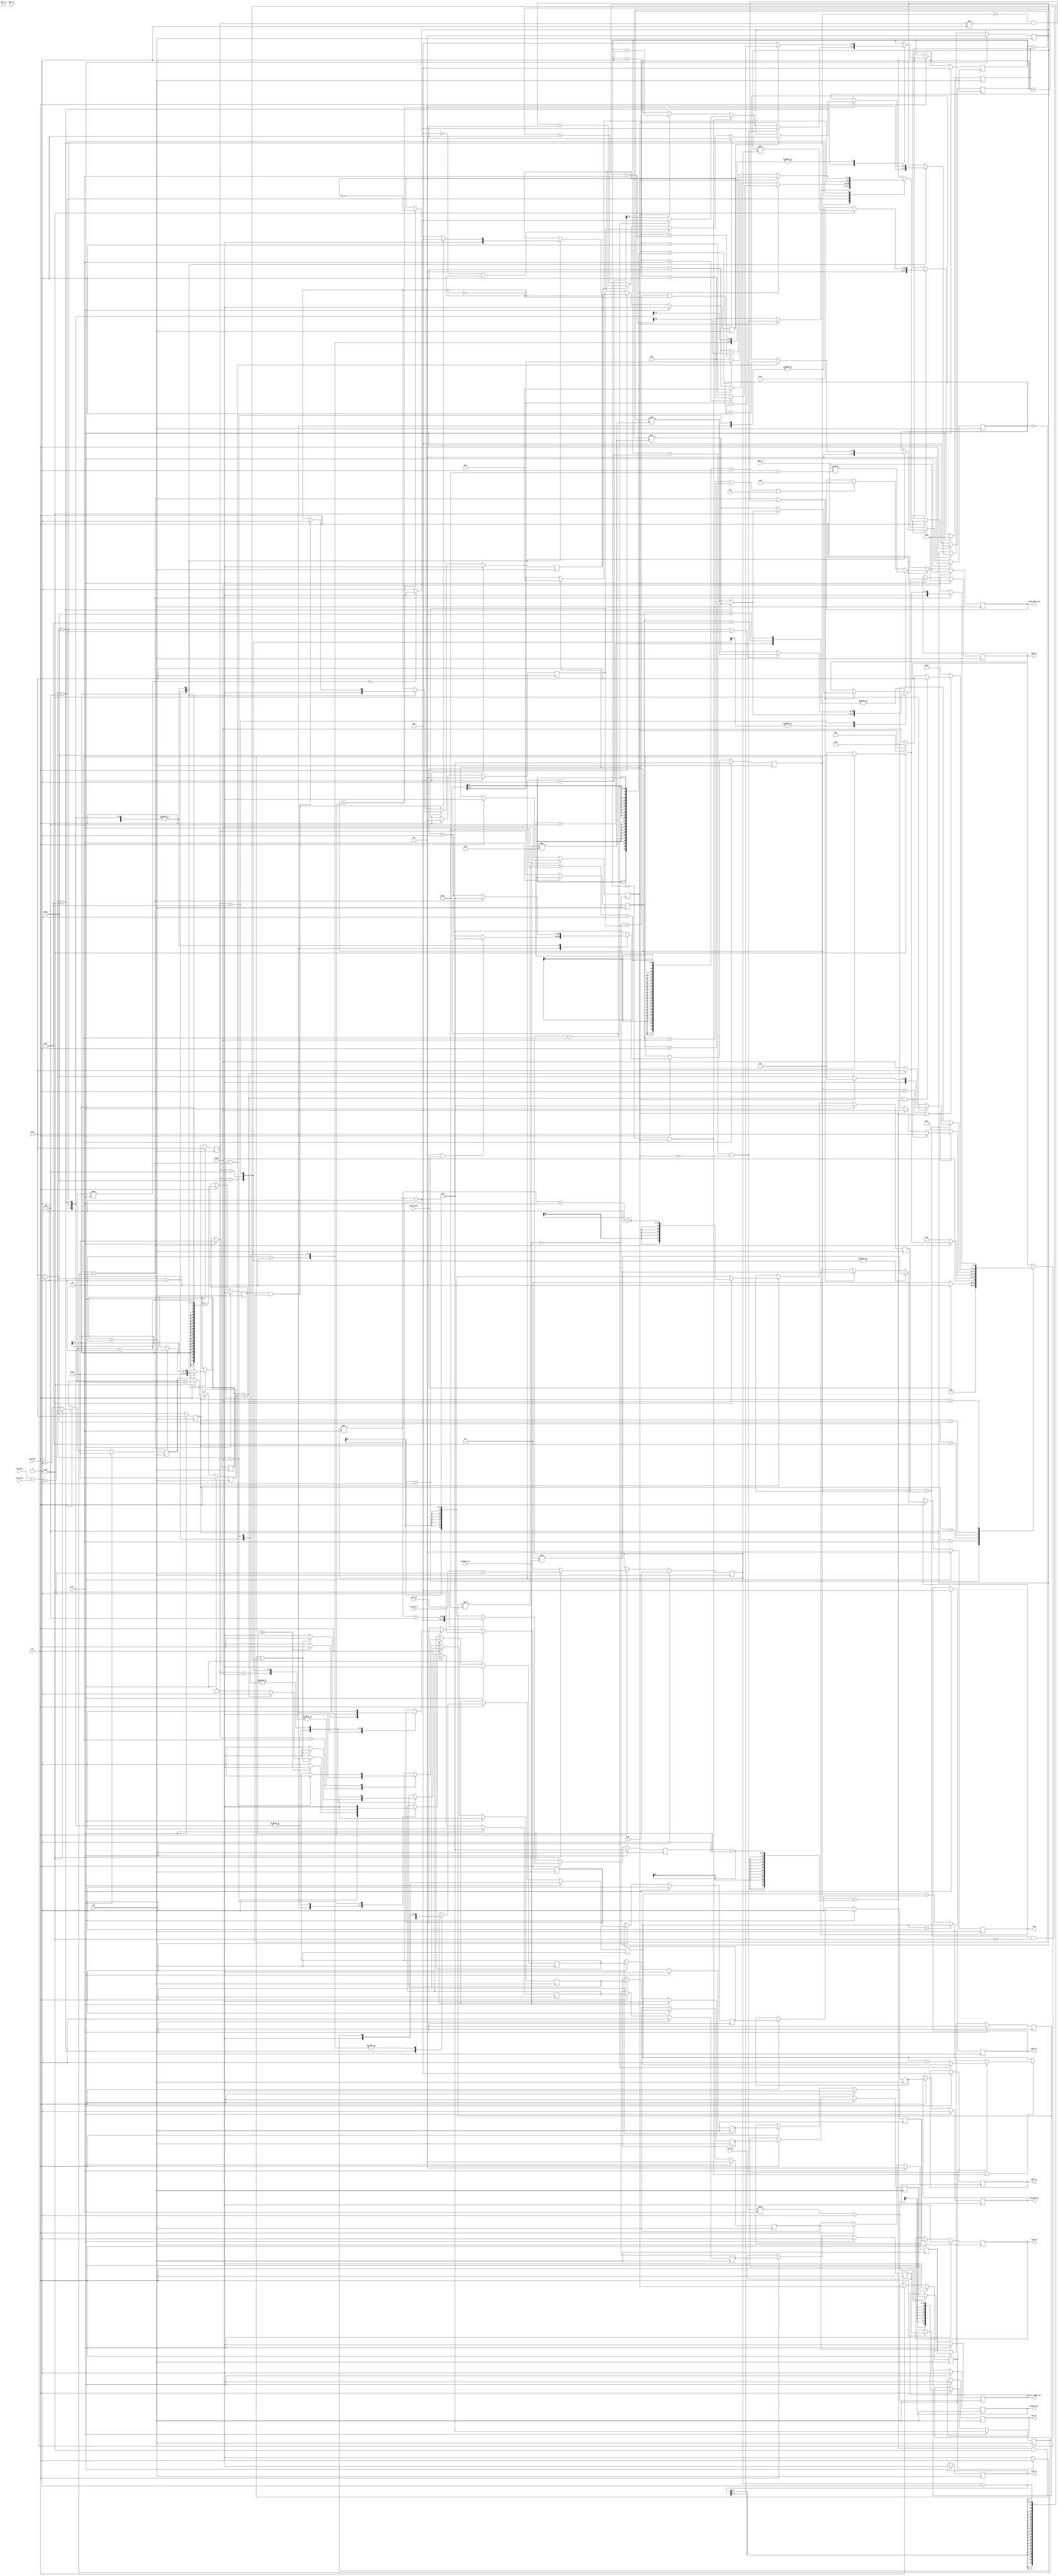
//========================================================================================
//  Copyright (c) 2014-2016 All rights reserved
//========================================================================================
//20167422:05:40send_start

module send(
    sclr,
    ce,
    clk,
    mode,
    sel,

    hblank_out,
    vblank_out,
    active_video_out,
    video_data_out,

    row_start,
    row_end,
    col_start,
    col_end,
    switch,

    //for main
    addr_m,
    dout_m,
    enb,
    //for left or right
    addr_sl,
    dout_sl,
    ena_sl,

    addr_sr,
    dout_sr,
    ena_sr,

    col_max,
    row_max,
    hblank_low,
    send_start
);


parameter CHANNEL_IN_NUM   = 4;       //2^6 == 63
parameter CHANNEL_OUT_NUM  = 2;       //
parameter VIDEO_DATA_WIDTH = 18;      //
parameter RAM_DEPTH        = 100;     //ram
parameter TIMING_CNT_WIDTH = 10;      //
parameter OVERLAP_WIDTH    = 2;       //
parameter TOP_BOTTOM_SEL   = 1'd1;    //
parameter HEAD_DIRECTION   = 1'd0;    //0,1,2
parameter FRAME_RAM_EN     = 1'd0;    //
parameter OUTPUT_DIRECTION = 0;       //
parameter CH               = 0;
//
localparam TIMES           = CHANNEL_IN_NUM/CHANNEL_OUT_NUM;
//RAMRAM
localparam ADDR_WIDTH      = clogb2(RAM_DEPTH-1'b1);
localparam OVERLAP_W       = clogb2(OVERLAP_WIDTH+1);
//
localparam NO_COLLIDE      = (CHANNEL_IN_NUM != CHANNEL_OUT_NUM ||
                             (!TOP_BOTTOM_SEL &&  CHANNEL_OUT_NUM <= 2) ||
                             (TOP_BOTTOM_SEL && CHANNEL_OUT_NUM <= 4));
//
localparam ONE_BLOCK       = (CHANNEL_OUT_NUM == 1) || (TOP_BOTTOM_SEL && CHANNEL_OUT_NUM == 2);
//
localparam LEFT_BLOCK      = ((TOP_BOTTOM_SEL==1 &&  CH == 0) ||         //
                             (!TOP_BOTTOM_SEL && CH == 0)) ||            //
                             (TOP_BOTTOM_SEL && CH == CHANNEL_OUT_NUM-1);//
//
localparam RIGHT_BLOCK     = ((TOP_BOTTOM_SEL && CH == (CHANNEL_OUT_NUM>>1)-1) ||
                             (!TOP_BOTTOM_SEL && CH == CHANNEL_OUT_NUM-1) ) ||
                             (TOP_BOTTOM_SEL && CH == CHANNEL_OUT_NUM>>1);
//
localparam MIDD_BLOCK      = ((!TOP_BOTTOM_SEL && (0 < CH && CH < CHANNEL_OUT_NUM-1)) ||             //
                             (TOP_BOTTOM_SEL && (0 < CH && CH < CHANNEL_OUT_NUM/2 -1))) ||           //
                             (TOP_BOTTOM_SEL && (CHANNEL_OUT_NUM/2 < CH && CH < CHANNEL_OUT_NUM-1 ));//
//
localparam FILL_SELF_L     = (TOP_BOTTOM_SEL && CH == CHANNEL_OUT_NUM-1'b1) || CH == 6'd0;
//
localparam FILL_SELF_R     = (TOP_BOTTOM_SEL && (CH == (CHANNEL_OUT_NUM>>1'b1)-1'b1 ||
                                             CH == CHANNEL_OUT_NUM>>1'b1))  ||
                            (!TOP_BOTTOM_SEL && CH == CHANNEL_OUT_NUM-1'b1);
//midd_cnt
localparam DOWN_BLOCK      = TOP_BOTTOM_SEL && (CH >= CHANNEL_OUT_NUM/2);

localparam IDLE            = 6'b000001;//
localparam HEAD            = 6'b000010;//
localparam LEFT            = 6'b000100;//
localparam MIDDLE          = 6'b001000;//
localparam RIGHT           = 6'b010000;//
localparam NEXT            = 6'b100000;//

input                                           clk;    // Clock
input                                           sclr;   //synchronized clear
input                                           ce;     // Clock Enable
input                                           mode;
input                                           sel;
input [TIMING_CNT_WIDTH-1'b1:0]                 row_start;
input [TIMING_CNT_WIDTH-1'b1:0]                 row_end;
input [TIMING_CNT_WIDTH-1'b1:0]                 col_start;
input [TIMING_CNT_WIDTH-1'b1:0]                 col_end;
input [TIMING_CNT_WIDTH-1'b1:0]                 col_max;
input [TIMING_CNT_WIDTH-1'b1:0]                 row_max;
input [TIMING_CNT_WIDTH-1'b1:0]                 hblank_low;
//other signal
input                                           send_start;
input [TIMES*VIDEO_DATA_WIDTH-1'b1:0]           dout_m;
input [VIDEO_DATA_WIDTH-1'b1:0]                 dout_sl;
input [VIDEO_DATA_WIDTH-1'b1:0]                 dout_sr;

output                                          hblank_out;
output                                          vblank_out;
output                                          active_video_out;
output [VIDEO_DATA_WIDTH-1'b1 :0]               video_data_out;
//TIMESRAMADDRB
output [TIMES*ADDR_WIDTH-1'b1:0]                addr_m;
output [ADDR_WIDTH-1'b1:0]                      addr_sl;
output [ADDR_WIDTH-1'b1:0]                      addr_sr;
output [TIMES-1:0]                              enb;
output                                          ena_sl;
output                                          ena_sr;
output                                          switch;
//output reg
//hb,vb,avclk
reg                                             hblank_out_b1;
reg                                             vblank_out_b1;
reg                                             active_video_out_b1;
reg                                             hblank_out_b2;
reg                                             vblank_out_b2;
reg                                             active_video_out_b2;
reg                                             hblank_out_b3;
reg                                             vblank_out_b3;
reg                                             active_video_out_b3;

reg                                             switchb3;
reg                                             switchb2;
reg                                             switchb1;
reg                                             switch;             //

reg                                             hblank_out;
reg                                             vblank_out;
reg                                             active_video_out;
reg    [VIDEO_DATA_WIDTH-1'b1 :0]               video_data_out;

reg    [TIMES*ADDR_WIDTH-1'b1:0]                addr_m;
reg    [ADDR_WIDTH-1'b1:0]                      addr_sl;
reg    [ADDR_WIDTH-1'b1:0]                      addr_sr;
reg    [TIMES-1:0]                              enb;
reg                                             ena_sl;
reg                                             ena_sr;
//other reg
reg    [TIMING_CNT_WIDTH*TIMES-1'b1:0]          col_cnt;          //hblankin
reg    [TIMING_CNT_WIDTH     :0]                row_cnt;          //
reg    [ADDR_WIDTH -1'b1:0]                     side_ptr;         //
reg    [ADDR_WIDTH -1'b1:0]                     midd_ptr;         //
reg    [clogb2(TIMES-1):0]                      midd_cnt;         //
reg    [clogb2(TIMES-1):0]                      midd_cnt_d1;      //
reg    [clogb2(TIMES-1):0]                      midd_cnt_d2;      //
reg    [clogb2(TIMES-1):0]                      midd_cnt_d3;      //
//FSM reg
reg    [5:0]                                    cur_state;
reg    [5:0]                                    next_state;
reg    [5:0]                                    next_state_d2;
reg    [5:0]                                    next_state_d3;    //1clk,RAM2
// reg    [5:0]                                    next_state_d4;
//
reg    [OVERLAP_W-1:0]                          overlap_cnt;      //
reg    [OVERLAP_W-1:0]                          col_read_cnt;     //
reg                                             twice;            //col_read_cnt
reg                                             down;
reg                                             ch_dir;
//
reg    [TIMING_CNT_WIDTH     :0]                own_row;
//
reg    [TIMING_CNT_WIDTH-1'b1:0]                effect_width_i;
//NEXT
reg    [TIMING_CNT_WIDTH*TIMES-1'b1:0]          next_gate;
//wire
//
// wire   [TIMING_CNT_WIDTH-1'b1:0]                effect_width_i;
//MIDELEcol_cntMIDDLE
reg    [TIMING_CNT_WIDTH*TIMES-1'b1:0]          middle_gate;
//right,left
reg    [TIMING_CNT_WIDTH*TIMES-1'b1:0]          right_left_gate;
//NEXT
// wire   [TIMING_CNT_WIDTH*TIMES-1'b1:0]          next_gate;
//
reg    [TIMING_CNT_WIDTH     :0]                all_row;
// //
// wire   [TIMING_CNT_WIDTH     :0]                own_row;
//
reg                                             own_finish;
reg    [OVERLAP_W-1:0]                          col_save;           //
reg                                             output_dir;
reg                                             midd_cnt_dir;
reg    [TIMES*ADDR_WIDTH-1'b1:0]                offset;           //

//state refresh
always@(posedge clk)begin
    if(sclr)begin
        cur_state <= IDLE;
        next_state_d2 <= IDLE;
    end else begin
        cur_state <= next_state;
        next_state_d2 <= cur_state;
        next_state_d3 <= next_state_d2;
        // next_state_d4 <= next_state_d3;
    end
end

//
always@(*)
begin
    if(ce) begin
        case(cur_state)
            IDLE: begin
                //
                if(send_start) begin
                    next_state = HEAD;
                end else begin
                    next_state = IDLE;
                end
            end
            HEAD: begin
                if(col_cnt == next_gate)begin
                    //mode=1,
                    if(mode) begin
                        //1:
                        if(output_dir) begin
                            next_state = RIGHT;
                        //0: 
                        end else begin
                            next_state = LEFT;
                        end
                    //mode=0,
                    end else begin
                        next_state = MIDDLE;
                    end
                end else begin
                    next_state = HEAD;
                end
            end
            LEFT: begin
                if(col_cnt == OVERLAP_WIDTH-1 || col_cnt == right_left_gate-1) begin
                    if(row_cnt == all_row && col_cnt == right_left_gate-1) begin
                        next_state = IDLE;
                    //1:
                    end else if(output_dir) begin
                        next_state = NEXT;//
                    //0: 
                    end else begin
                        next_state = MIDDLE;
                    end
                end else begin
                    next_state = LEFT;
                end
            end
            MIDDLE: begin
                if(col_cnt == middle_gate) begin//
                    //mode=1,
                    if(mode) begin
                        //1:
                        if(output_dir) begin
                            next_state = LEFT;
                        //0: 
                        end else begin
                            next_state = RIGHT;
                        end
                    //mode=0,
                    end else begin
                        if(row_cnt == all_row) begin
                            next_state = IDLE;
                        end else begin
                            next_state = NEXT;
                        end
                    end
                end else begin
                    next_state = MIDDLE;
                end
            end
            RIGHT:  begin
                if(col_cnt == OVERLAP_WIDTH-1 || col_cnt == right_left_gate-1) begin
                    if(row_cnt == all_row && col_cnt == right_left_gate-1) begin
                        next_state = IDLE;
                    end else if(output_dir) begin
                        next_state = MIDDLE;
                    //0: 
                    end else begin
                        next_state = NEXT;//
                    end
                end else begin
                    next_state = RIGHT;
                end
            end
            NEXT: begin
                //
                if(col_cnt == next_gate) begin
                    //
                    if(mode) begin
                        //1:
                        if(output_dir) begin
                            next_state = RIGHT;
                        //0: 
                        end else begin
                            next_state = LEFT;
                        end
                    //
                    end else begin
                        next_state = MIDDLE;
                    end
                end else begin
                    next_state = NEXT;
                end
            end
            default: begin
                next_state = IDLE;
            end
        endcase
    end else
        next_state = IDLE;
end


//
always@(posedge clk)
begin
    if(sclr) begin
        col_cnt <= 0;
        row_cnt <= 0;
    end else if(ce) begin
        case(next_state)
            IDLE: begin
                col_cnt <= 0;
                row_cnt <= 0;
            end
            HEAD: begin
                //
                //
                if(send_start && cur_state == IDLE) begin
                    col_cnt    <= 0;
                end else begin
                    col_cnt    <= col_cnt + 1'b1;
                end
            end
            LEFT,MIDDLE,RIGHT,NEXT: begin
                if(col_cnt == next_gate) begin
                    col_cnt <= 1'b0;
                    row_cnt <= row_cnt +1'b1;
                end else begin
                    col_cnt    <= col_cnt + 1'b1;
                end
            end
            default : col_cnt <= 0;
        endcase
    end
end


//hblank_out,vblank_out,active_video_out
always@(posedge clk)
begin
    if(sclr) begin
        hblank_out_b3       <= 1'b1;
        vblank_out_b3       <= 1'b1;
        active_video_out_b3 <= 1'b0;
    end else if(ce) begin
        case(next_state)
            IDLE: begin
                hblank_out_b3       <= 1'b1;
                vblank_out_b3       <= 1'b1;
                active_video_out_b3 <= 1'b0;
            end
            HEAD: begin
                //
                //vbohbogate
                if(col_cnt >= right_left_gate) begin
                    hblank_out_b3 <= 1'b1;
                    vblank_out_b3 <= 1'b0;
                ////
                end else begin
                    hblank_out_b3 <= 1'b0;
                    vblank_out_b3 <= 1'b1;
                end
            end
            LEFT,MIDDLE,RIGHT: begin
                if((col_cnt == right_left_gate-1 && mode) || (col_cnt == middle_gate && !mode)) begin
                    hblank_out_b3 <= 1'b1;
                    active_video_out_b3 <= 1'b0;
                    if(row_cnt == all_row) begin//
                        vblank_out_b3 <= 1'b1;
                    end else begin//
                        vblank_out_b3 <= 1'b0;
                    end
                end else begin
                    active_video_out_b3 <= 1'b1;
                    hblank_out_b3       <= 1'b0;
                    vblank_out_b3       <= 1'b0;
                end
            end
            NEXT: begin
                active_video_out_b3 <= 1'b0;
                hblank_out_b3       <= 1'b1;
                vblank_out_b3       <= 1'b0;
            end
            default : /* default */;
        endcase
    end
end

//
always @(posedge clk) begin
    if(sclr) begin
        hblank_out          <= 1;
        vblank_out          <= 1;
        active_video_out    <= 0;
        hblank_out_b1       <= 1;
        vblank_out_b1       <= 1;
        active_video_out_b1 <= 0;
        hblank_out_b2       <= 1;
        vblank_out_b2       <= 1;
        active_video_out_b2 <= 0;
    end else if(ce) begin
        hblank_out_b2       <= hblank_out_b3;
        vblank_out_b2       <= vblank_out_b3;
        active_video_out_b2 <= active_video_out_b3;
        hblank_out_b1       <= hblank_out_b2;
        vblank_out_b1       <= vblank_out_b2;
        active_video_out_b1 <= active_video_out_b2;
        hblank_out          <= hblank_out_b1;
        vblank_out          <= vblank_out_b1;
        active_video_out    <= active_video_out_b1;
    end
end


//
always@(posedge clk)
begin
    if(sclr) begin
        side_ptr <= 0;
    end else if(ce) begin
        case(next_state)
            //
            HEAD,NEXT: begin
                //
                if(!output_dir) begin
                    if(FILL_SELF_L) begin//-
                        side_ptr <= OVERLAP_WIDTH;
                    end else begin//+
                        side_ptr <= effect_width_i - OVERLAP_WIDTH;
                    end
                //,,+
                end else begin
                    if(FILL_SELF_R)begin
                        //
                        side_ptr <= effect_width_i - OVERLAP_WIDTH-1'b1;
                    end else begin
                        //
                        side_ptr <= OVERLAP_WIDTH-1;
                    end
                end
            end
            LEFT:begin
                if(!output_dir) begin
                    //
                    if(FILL_SELF_L) begin
                        if(side_ptr==1) begin
                            side_ptr <= 1;
                        end else begin
                            side_ptr <= side_ptr - 1'b1;
                        end
                    //
                    end else begin
                        if(side_ptr == effect_width_i - 1) begin
                            side_ptr <= effect_width_i - 1;
                        end else begin
                            side_ptr <= side_ptr + 1'b1;
                        end
                    end
                end else if(output_dir)begin
                    //
                    if(FILL_SELF_L) begin
                        if(side_ptr==OVERLAP_WIDTH) begin
                            side_ptr <= OVERLAP_WIDTH;
                        end else begin
                            side_ptr <= side_ptr + 1'b1;
                        end
                    //
                    end else begin
                        if(side_ptr == effect_width_i - OVERLAP_WIDTH) begin
                            side_ptr <= effect_width_i - OVERLAP_WIDTH;
                        end else begin
                            side_ptr <= side_ptr - 1'b1;
                        end
                    end
                end
            end
            MIDDLE: begin
                //
                if(!output_dir) begin
                    if(FILL_SELF_R) begin// 01234 32 -
                        side_ptr <= effect_width_i - 2;
                    end else begin// 01 01234
                        side_ptr <= 0;
                    end
                //,
                end else begin
                    if(FILL_SELF_L) begin//21 01234 32+
                        side_ptr <= 1;
                    end else begin//01234 34 -
                        side_ptr <= effect_width_i-1'b1;
                    end
                end
            end
            RIGHT:begin
                //
                if(!output_dir) begin
                    if(FILL_SELF_R) begin
                        if(side_ptr==effect_width_i-1'b1-OVERLAP_WIDTH) begin
                            side_ptr <= effect_width_i-1'b1-OVERLAP_WIDTH;
                        end else begin
                            side_ptr <= side_ptr - 1'b1;
                        end
                    end else begin
                        if(side_ptr==OVERLAP_WIDTH-1) begin
                            side_ptr <= OVERLAP_WIDTH-1;
                        end else begin
                            side_ptr <= side_ptr + 1'b1;
                        end
                    end
                //
                end else if(output_dir)begin
                    if(FILL_SELF_R) begin
                        if(side_ptr==effect_width_i - 2) begin
                            side_ptr <= effect_width_i - 2;
                        end else begin
                            side_ptr <= side_ptr + 1'b1;
                        end
                    end else begin
                        if(side_ptr==0) begin
                            side_ptr <= 0;
                        end else begin
                            side_ptr <= side_ptr - 1'b1;
                        end
                    end
                end
            end
            default:;
        endcase
    end
end

//,
always@(posedge clk)
begin
    if(sclr) begin
        midd_cnt    <= midd_cnt_dir ? (TIMES-1) : 0;
        midd_cnt_d1 <= 0;
        midd_cnt_d2 <= 0;
        midd_cnt_d3 <= 0;
    end else if(ce) begin
        midd_cnt_d1 <= midd_cnt;
        midd_cnt_d2 <= midd_cnt_d1;
        midd_cnt_d3 <= midd_cnt_d2;
        case(next_state)
            MIDDLE: begin
                if((midd_ptr == effect_width_i - 1'b1 && !output_dir) ||//
                   (midd_ptr == 0 && output_dir)) begin//
                    if(!midd_cnt_dir) begin
                        if(midd_cnt == TIMES-1) begin//
                            midd_cnt <= midd_cnt;
                        //
                        end else begin
                            midd_cnt <= midd_cnt + 1'b1;
                        end
                    end else begin
                        if(midd_cnt == 0) begin//
                            midd_cnt <= midd_cnt;
                        end else begin
                            midd_cnt <= midd_cnt - 1'b1;
                        end
                    end
                end
            end
            NEXT:begin
                midd_cnt <= midd_cnt_dir ? (TIMES-1) : 0;
            end
            IDLE,HEAD: begin//RIGHT,LEFTmidd_cnt
                //,OVERLAP_WIDTH->1
                //effect_width_i HEAD
                midd_cnt <= midd_cnt_dir ? (TIMES-1) : 0;
            end
            default:;
        endcase
    end
end


//,,
always@(posedge clk)
begin
    if(sclr) begin
        midd_ptr <= 0;
    end else if(ce) begin
        case(next_state)
            MIDDLE: begin
                //
                if(midd_ptr == effect_width_i - 1'b1 && !output_dir) begin
                    //
                    if(midd_cnt == TIMES-1) begin
                        midd_ptr <= 0;
                    //
                    end else begin
                        midd_ptr <= 0;
                    end
                //
                end else if(midd_ptr == 0 && output_dir) begin
                    if(midd_cnt == 0) begin
                        midd_ptr <= 0;
                    end else begin
                        midd_ptr <= effect_width_i - 1'b1;
                    end
                //,
                end else if(!output_dir) begin
                    midd_ptr <= midd_ptr + 1'b1;
                end else if(output_dir)begin
                    midd_ptr <= midd_ptr - 1'b1;
                end
            end
            LEFT,RIGHT,IDLE,HEAD,NEXT:begin
                midd_ptr <= output_dir ?  effect_width_i - 1'b1 : 0;
            end
            default:;
        endcase
    end
end


//sel
// //next_state --> cur_state --> next_state_d2 --> next_state_d3
// always @(posedge clk) begin
//     if(sclr) begin
//         hold_last_one <= 0;
//     end else if(ce) begin
//         //
//         if((next_state_d3== IDLE || next_state_d3 == NEXT) && mode &&
//            // ((next_state_d3 == RIGHT && !output_dir) ||//
//            // (next_state_d3 == LEFT  && output_dir))) begin //
//            ((next_state_d4 == RIGHT) ||//
//            (next_state_d4 == LEFT))) begin //
//             hold_last_one <= video_data_out;
//         //
//         end else if((next_state_d3== IDLE || next_state_d3 == NEXT) && !mode && next_state_d4 == MIDDLE ) begin
//             hold_last_one <= video_data_out;
//         end
//     end else begin
//         hold_last_one <= 0;
//     end
// end



//
always@(posedge clk)
begin
    if(sclr) begin
        col_read_cnt <= 0;
    end else if(ce) begin
        case(next_state)
            IDLE: begin
                col_read_cnt <= 0;
            end
            LEFT,MIDDLE,RIGHT,NEXT: begin
                if(col_cnt == right_left_gate) begin//
                    if(twice) begin
                        if(col_read_cnt == col_save && !down) begin//
                            col_read_cnt <= 0;
                        end else if(col_read_cnt == 0 && down) begin
                            col_read_cnt <= col_save;
                        end  else begin
                            col_read_cnt <= down ? col_read_cnt - 1 : col_read_cnt +1'b1;
                        end
                    end
                end
            end
            default : ;
        endcase
    end
end


//
always@(posedge clk)
begin
    if(sclr) begin
        overlap_cnt  <= 0;
    end else if(ce) begin
        case(next_state)
            IDLE: begin
                overlap_cnt <= 0;
            end
            LEFT,MIDDLE,RIGHT,NEXT: begin
                if(own_finish && col_cnt == next_gate) begin
                    overlap_cnt <= overlap_cnt +1'b1;
                end
            end
            default : ;
        endcase
    end
end

////col_read_cnt
always@(posedge clk)
begin
    if(sclr) begin
        twice        <= 0;
        down         <= 0;
    end else if(ce) begin
        case(next_state)
            IDLE: begin
                twice <= 0;
                down <= 0;
            end
            LEFT,MIDDLE,RIGHT,NEXT: begin
                //
                if(own_finish && overlap_cnt == 0) begin//
                    down <= 1;
                    if(own_row%2 ==0) begin//
                        twice <= 0;
                    end else begin //47 1 89 0
                        twice <= 1;
                    end
                end else if(col_cnt == right_left_gate) begin//
                    twice <= ~twice;//
                end
            end
            default : ;
        endcase
    end
end

//
always@(posedge clk)
begin
    if(sclr) begin
        ch_dir <= 1'b0;
    end else if(ce) begin
        case(next_state)
            HEAD: begin
                ch_dir <= 1'b0;
            end
            LEFT,MIDDLE,RIGHT,NEXT: begin
                //,2clk
                if(own_finish && col_cnt == next_gate-2) begin
                    ch_dir <= 1'b1;
                end
            end
            default : ;
        endcase
    end
end


//
always@(posedge clk)
begin
    if(sclr) begin
        switchb3     <= 1'b0;
        switchb2     <= 1'b0;
        switchb1     <= 1'b0;
        switch       <= 1'b0;
    end else if(ce) begin
        {switch,switchb1,switchb2} <= {switchb1,switchb2,switchb3};
        case(next_state_d2)
            HEAD:begin
                switchb3 <= 1'b0;//
            end
            LEFT,MIDDLE,RIGHT,NEXT: begin
                if(own_finish && col_cnt == next_gate) begin
                    switchb3 <= 1'b1;
                end
            end
            default : ;
        endcase
    end
end




//
always @(posedge clk) begin
    if(sclr) begin
        own_row         <= 0;
        next_gate       <= 0;
        middle_gate     <= 0;
        right_left_gate <= 0;
        all_row         <= 0;
        offset          <= 0;
        own_finish      <= 0;
        col_save        <= 0;
        midd_cnt_dir    <= 0;
        output_dir      <= 0;
        effect_width_i  <= 0;
    end else if(ce) begin
        next_gate       <= (col_max*TIMES) - 1'b1;//
        own_row         <= mode ? (row_end - row_start +1'b1) : row_max + 1;
        middle_gate     <= mode ? (effect_width_i*TIMES + OVERLAP_WIDTH-1) : (effect_width_i*TIMES - 1);
        right_left_gate <= mode ? (effect_width_i*TIMES + (OVERLAP_WIDTH<<1'b1)) : (effect_width_i*TIMES - 1);
        all_row         <= mode ? ((TOP_BOTTOM_SEL && !FRAME_RAM_EN ) ? (own_row + OVERLAP_WIDTH) : own_row) : own_row;
        offset          <= mode ? (col_read_cnt*effect_width_i) : 0;
        own_finish      <= row_cnt >  own_row - 1;//0-5,switch
        col_save        <= (TOP_BOTTOM_SEL && !FRAME_RAM_EN) ? (OVERLAP_WIDTH-1)/2:1'b0;//eceive
        midd_cnt_dir    <= DOWN_BLOCK ? (!output_dir) : output_dir;
        output_dir      <= (OUTPUT_DIRECTION[CH] && !ch_dir) || (OUTPUT_DIRECTION[CHANNEL_OUT_NUM - 1 - CH] && ch_dir);
        effect_width_i  <= mode ? (col_end - col_start + 1'b1) : hblank_low;
    end
end

// //
// always@(posedge clk) begin
//     effect_width_i = mode ? (col_end - col_start + 1'b1) : hblank_low;
// end

//hblank_outvblnak_outhblank_invblank_inrow_max
//TIMESnext_gatehblank_out
//TIMES
//
//
//
//

//0-nn+1
//
// assign effect_width_i = mode ? (col_end - col_start + 1'b1) : hblank_low;//
//MIDELEcol_cntMIDDLE
// assign middle_gate = mode ? (effect_width_i*TIMES + OVERLAP_WIDTH-1) : (effect_width_i*TIMES - 1);
//right,left 6+6 = 12
// assign right_left_gate = mode ? (effect_width_i*TIMES + (OVERLAP_WIDTH<<1'b1)) : (effect_width_i*TIMES - 1);
//NEXT
// assign next_gate = (col_max*TIMES) - 1'b1;//
//
// assign own_row = mode ? (row_end - row_start +1'b1) : row_max + 1;
//FRAME_RAM_EN:,,
// assign all_row = mode ? ((TOP_BOTTOM_SEL && !FRAME_RAM_EN ) ? (own_row + OVERLAP_WIDTH) : own_row) : own_row;
//
// assign own_finish = row_cnt >  own_row - 1;//0-5,switch
//
// assign col_save = (TOP_BOTTOM_SEL && !FRAME_RAM_EN) ? (OVERLAP_WIDTH-1)/2:1'b0;//eceive
//+
// assign output_dir = (OUTPUT_DIRECTION[CH] && !ch_dir) || (OUTPUT_DIRECTION[CHANNEL_OUT_NUM - 1 - CH] && ch_dir);
//,<< (midd_cnt*ADDR_WIDTH)
// assign offset  = mode ? (col_read_cnt*effect_width_i) : 0;
//
// assign midd_cnt_dir = DOWN_BLOCK ? (!output_dir) : output_dir;

////midd_cnt,

generate
    if(ONE_BLOCK)begin
        always@(posedge clk) begin
            if(sclr) begin
                addr_sr <= 0;
                ena_sr  <= 0;
                addr_sl <= 0;
                ena_sl  <= 0;
                addr_m <= 0;
                enb <= 0;
            end else if(ce) begin
                case(next_state_d2)
                    LEFT,RIGHT:begin
                        if(next_state==MIDDLE) begin//
                            enb <= 1<<midd_cnt;
                            addr_m <= midd_ptr + offset << (midd_cnt*ADDR_WIDTH);
                        end else begin
                            enb <= 1<<midd_cnt;
                            addr_m <= side_ptr + offset << (midd_cnt*ADDR_WIDTH);
                        end
                    end
                    MIDDLE:begin
                        if(next_state==RIGHT || next_state  == LEFT) begin//
                            enb <= 1<<midd_cnt;
                            addr_m <= side_ptr + offset << (midd_cnt*ADDR_WIDTH);
                        end else begin
                            enb <= 1<<midd_cnt;
                            addr_m <= midd_ptr +offset << (midd_cnt*ADDR_WIDTH);
                        end
                    end
                    default: begin
                        //2clk
                        if((col_cnt  == next_gate) || (col_cnt  == 0 && next_state_d2 != IDLE)) begin
                            if(mode) begin////CH <= 0
                                //MIDDLE
                                if(next_state  == MIDDLE) begin
                                    enb <= 1<<midd_cnt;
                                    addr_m <= midd_ptr + offset << (midd_cnt*ADDR_WIDTH);
                                end else begin
                                    enb <= 1<<midd_cnt;
                                    addr_m <= side_ptr + offset << (midd_cnt*ADDR_WIDTH);
                                end
                            end else begin//
                                enb <= 1<<midd_cnt;
                                addr_m <= midd_ptr +offset << (midd_cnt*ADDR_WIDTH);
                            end
                        end
                    end
                endcase
            end
        end

        always@(posedge clk) begin
            if(sclr) begin
                video_data_out <= 0;
            end else if(ce) begin
                case(next_state_d3)
                    LEFT:begin
                        video_data_out <= dout_m[midd_cnt_d3*VIDEO_DATA_WIDTH +VIDEO_DATA_WIDTH-1'b1 -:VIDEO_DATA_WIDTH];//dout_m[17:0];
                    end
                    MIDDLE:begin
                        video_data_out <= dout_m[midd_cnt_d3*VIDEO_DATA_WIDTH +VIDEO_DATA_WIDTH-1'b1 -:VIDEO_DATA_WIDTH];//dout_m[17:0];
                    end
                    RIGHT:begin
                        video_data_out <= dout_m[midd_cnt_d3*VIDEO_DATA_WIDTH +VIDEO_DATA_WIDTH-1'b1 -:VIDEO_DATA_WIDTH];//dout_m[17:0];
                    end
                    default:begin
                        if((next_state_d3 == NEXT || next_state_d3 == IDLE) && sel) begin
                            video_data_out <= 0;
                        end
                    end
                endcase
            end else begin
                video_data_out <= 0;
            end
        end
    end else if(LEFT_BLOCK && NO_COLLIDE) begin
        //   send_lself #(
        always@(posedge clk) begin
            if(sclr) begin
                addr_sr <= 0;
                ena_sr  <= 0;
                addr_sl <= 0;
                ena_sl  <= 0;
                addr_m <= 0;
                enb <= 0;
            end else if(ce) begin
                case(next_state_d2)
                    LEFT:begin
                        if(next_state==MIDDLE) begin//
                            enb <= 1<<midd_cnt;
                            addr_m  <= midd_ptr + offset <<(midd_cnt*ADDR_WIDTH);
                        end else  begin//
                            enb  <= 1<<midd_cnt;
                            addr_m  <= side_ptr + offset <<(midd_cnt*ADDR_WIDTH);
                        end
                    end
                    MIDDLE:begin
                        if(next_state  == LEFT) begin//
                            enb <= 1<<midd_cnt;
                            addr_m  <= side_ptr + offset <<(midd_cnt*ADDR_WIDTH);
                        end else if(next_state  == RIGHT) begin
                            ena_sr  <= 1;//
                            addr_sr <= side_ptr + offset;
                        end else begin//
                            enb <= 1<<midd_cnt;
                            addr_m  <= midd_ptr + offset <<(midd_cnt*ADDR_WIDTH);
                        end
                    end
                    RIGHT:begin
                        if(next_state==MIDDLE) begin//
                            enb <= 1<<midd_cnt;
                            addr_m  <= midd_ptr + offset <<(midd_cnt*ADDR_WIDTH);
                        end else begin//
                            ena_sr  <= 1;//
                            addr_sr <=  side_ptr + offset;// + offset <<(midd_cnt*ADDR_WIDTH);
                        end
                    end
                    default: begin
                        //2clk
                        if((col_cnt  == next_gate) || (col_cnt  == 0 && next_state_d2 != IDLE)) begin
                            if(mode) begin//
                                if(!output_dir) begin//,
                                    if(next_state  == MIDDLE) begin
                                        enb <= 1<<midd_cnt;
                                        addr_m <= midd_ptr + offset <<(midd_cnt*ADDR_WIDTH);
                                    end else begin
                                        enb <= 1<<midd_cnt;
                                        addr_m  <= side_ptr + offset <<(midd_cnt*ADDR_WIDTH);
                                    end
                                end else begin //
                                    if(next_state  == MIDDLE) begin
                                        enb <= 1<<midd_cnt;
                                        addr_m <= midd_ptr + offset <<(midd_cnt*ADDR_WIDTH);
                                    end else begin
                                        ena_sr  <= 1;
                                        addr_sr <=  side_ptr + offset;
                                    end
                                end
                            end else begin//
                                enb <= 1<<midd_cnt;
                                addr_m <= midd_ptr + offset <<(midd_cnt*ADDR_WIDTH);
                            end
                        end
                    end
                endcase
            end
        end

        always@(posedge clk) begin
            if(sclr) begin
                video_data_out <= 0;
            end else if(ce) begin
                case(next_state_d3)
                    LEFT:begin
                        video_data_out <= dout_m[midd_cnt_d3*VIDEO_DATA_WIDTH +VIDEO_DATA_WIDTH-1'b1 -:VIDEO_DATA_WIDTH];//dout_m[17:0];
                    end
                    //
                    MIDDLE:begin
                        video_data_out <= dout_m[midd_cnt_d3*VIDEO_DATA_WIDTH +VIDEO_DATA_WIDTH-1'b1 -:VIDEO_DATA_WIDTH];
                    end
                    RIGHT:begin//
                        video_data_out <= dout_sr[VIDEO_DATA_WIDTH-1'b1  -:VIDEO_DATA_WIDTH];
                    end
                    default: begin
                        if((next_state_d3 == NEXT || next_state_d3 == IDLE) && sel) begin
                            video_data_out <= 0;
                        end
                    end
                endcase
            end else begin
                video_data_out <= 0;
            end
        end
    end else if(RIGHT_BLOCK) begin
        always@(posedge clk) begin
            if(sclr) begin
                addr_sr <= 0;
                ena_sr  <= 0;
                addr_sl <= 0;
                ena_sl  <= 0;
                addr_m <= 0;
                enb <= 0;
            end else if(ce) begin
                case(next_state_d2)
                    LEFT:begin
                        if(next_state==MIDDLE) begin//
                            enb    <= 1<<midd_cnt;
                            addr_m <= midd_ptr + offset <<(midd_cnt*ADDR_WIDTH);
                        end else begin//
                            ena_sl  <= 1;//
                            addr_sl <=  side_ptr + offset;// + offset <<(midd_cnt*ADDR_WIDTH);
                        end
                    end
                    MIDDLE:begin
                        if(next_state  == RIGHT) begin//
                            enb    <= 1<<midd_cnt;
                            addr_m <= side_ptr + offset <<(midd_cnt*ADDR_WIDTH);
                        end else if(next_state  == LEFT) begin
                            ena_sl  <= 1;//
                            addr_sl <=  side_ptr + offset;
                        end else begin//
                            enb    <= 1<<midd_cnt;
                            addr_m <= midd_ptr + offset <<(midd_cnt*ADDR_WIDTH);
                        end
                    end
                    RIGHT:begin
                        if(next_state==MIDDLE) begin//
                            enb    <= 1<<midd_cnt;
                            addr_m <= midd_ptr + offset <<(midd_cnt*ADDR_WIDTH);
                        end else  begin//
                            enb    <= 1<<midd_cnt;
                            addr_m <= side_ptr + offset <<(midd_cnt*ADDR_WIDTH);
                        end
                    end
                    default: begin
                        //2clk
                        if((col_cnt  == next_gate) || (col_cnt  == 0 && next_state_d2 != IDLE)) begin
                            if(mode) begin//
                                if(!output_dir) begin//
                                    if(next_state  == MIDDLE) begin
                                        enb <= 1<<midd_cnt;
                                        addr_m <= midd_ptr + offset <<(midd_cnt*ADDR_WIDTH);
                                    end else begin
                                        ena_sl  <= 1;
                                        addr_sl <=  side_ptr + offset;
                                    end
                                end else begin //
                                    if(next_state  == MIDDLE) begin
                                        enb <= 1<<midd_cnt;
                                        addr_m <= midd_ptr + offset <<(midd_cnt*ADDR_WIDTH);
                                    end else begin
                                        enb <= 1<<midd_cnt;
                                        addr_m <= side_ptr + offset <<(midd_cnt*ADDR_WIDTH);
                                    end
                                end
                            end else begin//
                                enb <= 1<<midd_cnt;
                                addr_m <= midd_ptr + offset <<(midd_cnt*ADDR_WIDTH);
                            end
                        end else begin
                        end
                    end
                endcase
            end
        end

        always@(posedge clk) begin
            if(sclr) begin
                video_data_out <= 0;
            end else
            if(ce) begin
                case(next_state_d3)
                    LEFT:begin//
                        video_data_out <= dout_sl[VIDEO_DATA_WIDTH-1'b1 -:VIDEO_DATA_WIDTH];
                    end
                    //
                    MIDDLE:begin
                        video_data_out <= dout_m[midd_cnt_d3*VIDEO_DATA_WIDTH +VIDEO_DATA_WIDTH-1'b1 -:VIDEO_DATA_WIDTH];
                    end
                    RIGHT:begin
                        video_data_out <= dout_m[midd_cnt_d3*VIDEO_DATA_WIDTH +VIDEO_DATA_WIDTH-1'b1 -:VIDEO_DATA_WIDTH];
                    end
                    default: begin
                        if((next_state_d3 == NEXT || next_state_d3 == IDLE) && sel) begin
                            video_data_out <= 0;
                        end
                    end
                endcase
            end else begin
                video_data_out <= 0;
            end
        end
    end else if(MIDD_BLOCK) begin
        always@(posedge clk) begin
            if(sclr) begin
                addr_sr <= 0;
                ena_sr  <= 0;
                addr_sl <= 0;
                ena_sl  <= 0;
                addr_m <= 0;
                enb <= 0;
            end else if(ce) begin
                case(next_state_d2)
                    LEFT:begin
                        if(next_state==MIDDLE) begin//
                            enb     <= 1<<midd_cnt;
                            addr_m  <= midd_ptr + offset <<(midd_cnt*ADDR_WIDTH);
                        end else begin//
                            ena_sl  <= 1;
                            addr_sl <=  side_ptr + offset;
                        end
                    end
                    MIDDLE:begin
                        if(next_state  == LEFT) begin//
                            ena_sl  <= 1;
                            addr_sl <=  side_ptr + offset;
                        end else if(next_state  == RIGHT) begin
                            ena_sr   <= 1;
                            addr_sr  <=  side_ptr + offset;
                        end else  begin//
                            enb     <= 1<<midd_cnt;
                            addr_m  <= midd_ptr + offset <<(midd_cnt*ADDR_WIDTH);
                        end
                    end
                    RIGHT:begin
                        if(next_state==MIDDLE) begin//
                            enb     <= 1<<midd_cnt;
                            addr_m  <= midd_ptr + offset <<(midd_cnt*ADDR_WIDTH);
                        end else begin//
                            ena_sr  <= 1;
                            addr_sr <=  side_ptr + offset;
                        end
                    end
                    default: begin
                        //2clk
                        if((col_cnt  == next_gate) || (col_cnt  == 0 && next_state_d2 != IDLE)) begin
                            if(mode) begin//
                                if(!output_dir) begin//
                                    if(next_state  == MIDDLE) begin
                                        enb     <= 1<<midd_cnt;
                                        addr_m  <= midd_ptr + offset <<(midd_cnt*ADDR_WIDTH);
                                    end else begin
                                        ena_sl  <= 1;
                                        addr_sl <=  side_ptr + offset;
                                    end
                                end else begin //
                                    if(next_state  == MIDDLE) begin
                                        enb     <= 1<<midd_cnt;
                                        addr_m  <= midd_ptr + offset <<(midd_cnt*ADDR_WIDTH);
                                    end else begin
                                        ena_sr  <= 1;
                                        addr_sr <=  side_ptr + offset;
                                    end
                                end
                            end else begin//
                                enb     <= 1<<midd_cnt;
                                addr_m  <= midd_ptr + offset <<(midd_cnt*ADDR_WIDTH);
                            end
                        end
                    end
                endcase
            end
        end

        always@(posedge clk) begin
            if(sclr) begin
                video_data_out <= 0;
            end else if(ce) begin
                case(next_state_d3)
                    LEFT:begin
                        video_data_out <= dout_sl[VIDEO_DATA_WIDTH-1'b1 -:VIDEO_DATA_WIDTH];//dout_m[17:0];
                    end
                    //
                    MIDDLE:begin
                        video_data_out <= dout_m[midd_cnt_d3*VIDEO_DATA_WIDTH +VIDEO_DATA_WIDTH-1'b1 -:VIDEO_DATA_WIDTH];
                    end
                    RIGHT:begin
                        video_data_out <= dout_sr[VIDEO_DATA_WIDTH-1'b1  -:VIDEO_DATA_WIDTH];
                    end
                    default: begin
                        if((next_state_d3 == NEXT || next_state_d3 == IDLE) && sel) begin
                            video_data_out <= 0;
                        end
                    end
                endcase
            end else begin
                video_data_out <= 0;
            end
        end
    end else if(LEFT_BLOCK && !NO_COLLIDE)begin
        always@(posedge clk) begin
            if(sclr) begin
                addr_sr <= 0;
                ena_sr  <= 0;
                addr_sl <= 0;
                ena_sl  <= 0;
                addr_m <= 0;
                enb <= 0;
            end else if(ce) begin
                case(next_state_d2)
                    LEFT:begin
                        if(next_state==MIDDLE) begin//
                            enb     <= 1<<midd_cnt;
                            addr_m  <= midd_ptr + offset <<(midd_cnt*ADDR_WIDTH);
                        end else begin//
                            ena_sl  <= 1;
                            addr_sl <=  side_ptr + offset;
                        end
                    end
                    MIDDLE:begin
                        if(next_state  == LEFT) begin//
                            ena_sl  <= 1;
                            addr_sl <=  side_ptr + offset;
                        end else if(next_state  == RIGHT) begin
                            ena_sr   <= 1;
                            addr_sr  <=  side_ptr + offset;
                        end else  begin//
                            enb     <= 1<<midd_cnt;
                            addr_m  <= midd_ptr + offset <<(midd_cnt*ADDR_WIDTH);
                        end
                    end
                    RIGHT:begin
                        if(next_state==MIDDLE) begin//
                            enb     <= 1<<midd_cnt;
                            addr_m  <= midd_ptr + offset <<(midd_cnt*ADDR_WIDTH);
                        end else begin//
                            ena_sr  <= 1;
                            addr_sr <=  side_ptr + offset;
                        end
                    end
                    default: begin
                        //2clk
                        if((col_cnt  == next_gate) || (col_cnt  == 0 && next_state_d2 != IDLE)) begin
                            if(mode) begin//
                                if(!output_dir) begin//
                                    if(next_state  == MIDDLE) begin
                                        enb     <= 1<<midd_cnt;
                                        addr_m  <= midd_ptr + offset <<(midd_cnt*ADDR_WIDTH);
                                    end else begin
                                        ena_sl  <= 1;
                                        addr_sl <=  side_ptr + offset;
                                    end
                                end else begin //
                                    if(next_state  == MIDDLE) begin
                                        enb     <= 1<<midd_cnt;
                                        addr_m  <= midd_ptr + offset <<(midd_cnt*ADDR_WIDTH);
                                    end else begin
                                        ena_sr  <= 1;
                                        addr_sr <=  side_ptr + offset;
                                    end
                                end
                            end else begin//
                                enb     <= 1<<midd_cnt;
                                addr_m  <= midd_ptr + offset <<(midd_cnt*ADDR_WIDTH);
                            end
                        end
                    end
                endcase
            end
        end

        always@(posedge clk) begin
            if(sclr) begin
                video_data_out <= 0;
            end else if(ce) begin
                case(next_state_d3)
                    LEFT:begin
                        video_data_out <= dout_sl[VIDEO_DATA_WIDTH-1'b1 -:VIDEO_DATA_WIDTH];//dout_m[17:0];
                    end
                    //
                    MIDDLE:begin
                        video_data_out <= dout_m[midd_cnt_d3*VIDEO_DATA_WIDTH +VIDEO_DATA_WIDTH-1'b1 -:VIDEO_DATA_WIDTH];
                    end
                    RIGHT:begin
                        video_data_out <= dout_sr[VIDEO_DATA_WIDTH-1'b1  -:VIDEO_DATA_WIDTH];
                    end
                    default: begin
                        if((next_state_d3 == NEXT || next_state_d3 == IDLE) && sel) begin
                            video_data_out <= 0;
                        end
                    end
                endcase
            end else begin
                video_data_out <= 0;
            end
        end
    end
endgenerate

//  The following function calculates the address width based on specified RAM depth
function integer clogb2;
    input integer depth;
    for (clogb2=0; depth>0; clogb2=clogb2+1)
        depth = depth >> 1;
endfunction


endmodule